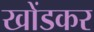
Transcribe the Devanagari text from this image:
खोंडकर